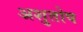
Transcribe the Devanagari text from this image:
अशुतोष